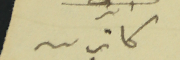
كاترين